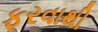
ફરવાથી